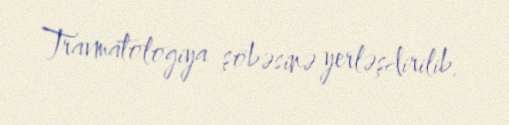
Travmatologiya şöbəsinə yerləşdirilib.